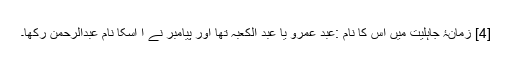
[4] زمانۂ جاہلیت میں اس کا نام :عبد عمرو یا عبد الكعبہ تھا اور پیامبر نے ا اسکا نام عبدالرحمن رکھا۔